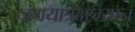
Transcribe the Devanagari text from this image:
जगयात्रेदरम्यान